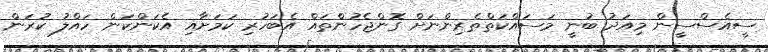
ސީއެސްސީން މިއަދު ބުނީ މަސައްކަތްތެރިންނަށް ގޮންޖެހުންތައް އެބަހުރި ކަމަށާއި އެކަންކަން ހައްލު ކުރަން